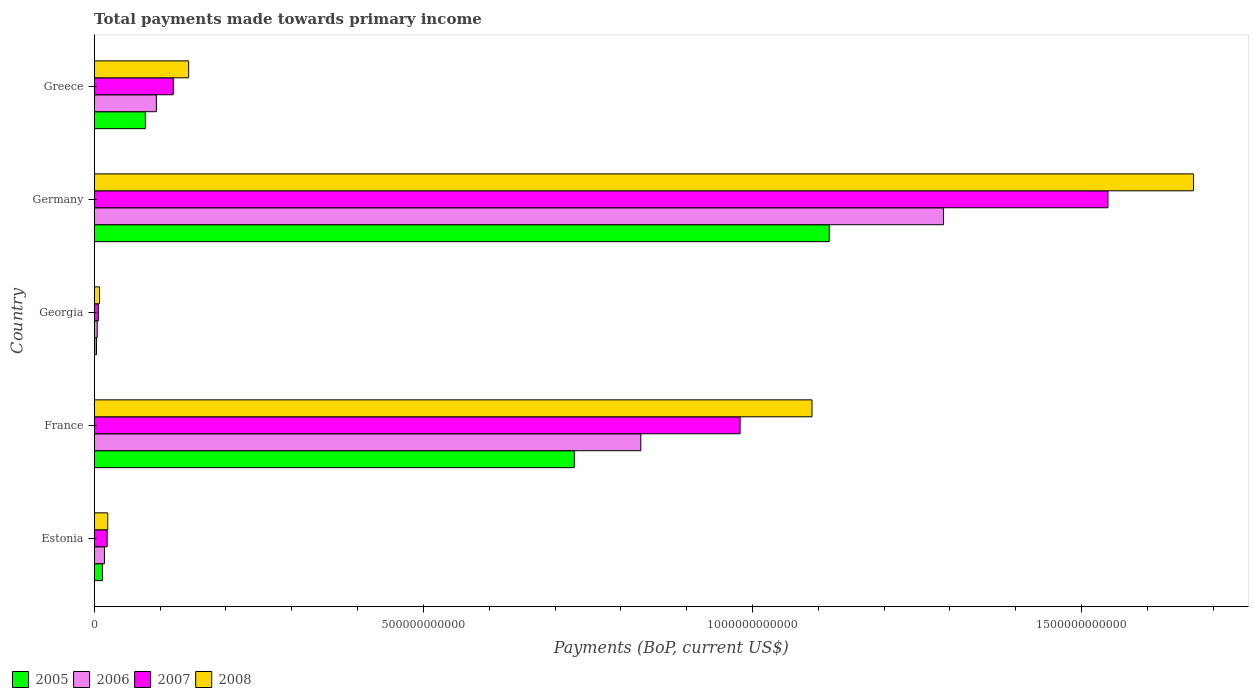
| Country | 2005 | 2006 | 2007 | 2008 |
 | --- | --- | --- | --- | --- |
 | Estonia | 1.25e+10 | 1.56e+10 | 1.97e+10 | 2.05e+10 |
 | France | 7.29e+11 | 8.3e+11 | 9.81e+11 | 1.09e+12 |
 | Georgia | 3.47e+09 | 4.56e+09 | 6.32e+09 | 8.11e+09 |
 | Germany | 1.12e+12 | 1.29e+12 | 1.54e+12 | 1.67e+12 |
 | Greece | 7.77e+10 | 9.44e+10 | 1.2e+11 | 1.44e+11 |